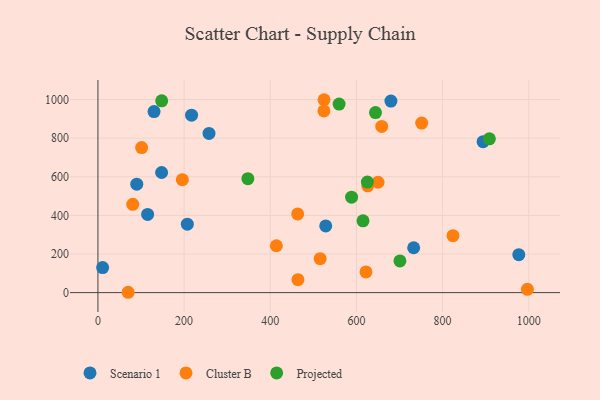
{"axis": {"x": "Study Hours", "y": "Fuel Efficiency"}, "legend": ["Cluster B", "Projected", "Scenario 1"], "data": [{"x": "10.9", "y": 129.9, "type": "Scenario 1"}, {"x": "147.8", "y": 622.0, "type": "Scenario 1"}, {"x": "207.5", "y": 354.3, "type": "Scenario 1"}, {"x": "217.3", "y": 919.1, "type": "Scenario 1"}, {"x": "680.0", "y": 991.9, "type": "Scenario 1"}, {"x": "115.3", "y": 404.8, "type": "Scenario 1"}, {"x": "893.9", "y": 781.9, "type": "Scenario 1"}, {"x": "528.7", "y": 345.3, "type": "Scenario 1"}, {"x": "976.8", "y": 196.7, "type": "Scenario 1"}, {"x": "732.8", "y": 232.4, "type": "Scenario 1"}, {"x": "130.2", "y": 937.4, "type": "Scenario 1"}, {"x": "257.8", "y": 824.5, "type": "Scenario 1"}, {"x": "90.1", "y": 561.5, "type": "Scenario 1"}, {"x": "824.0", "y": 295.1, "type": "Cluster B"}, {"x": "515.8", "y": 176.0, "type": "Cluster B"}, {"x": "80.8", "y": 457.2, "type": "Cluster B"}, {"x": "70.1", "y": 1.8, "type": "Cluster B"}, {"x": "414.1", "y": 242.6, "type": "Cluster B"}, {"x": "658.7", "y": 860.7, "type": "Cluster B"}, {"x": "650.1", "y": 571.5, "type": "Cluster B"}, {"x": "622.1", "y": 107.0, "type": "Cluster B"}, {"x": "626.2", "y": 553.2, "type": "Cluster B"}, {"x": "751.4", "y": 878.2, "type": "Cluster B"}, {"x": "996.7", "y": 17.3, "type": "Cluster B"}, {"x": "463.6", "y": 407.4, "type": "Cluster B"}, {"x": "524.5", "y": 940.9, "type": "Cluster B"}, {"x": "195.9", "y": 584.7, "type": "Cluster B"}, {"x": "524.7", "y": 998.9, "type": "Cluster B"}, {"x": "464.2", "y": 67.0, "type": "Cluster B"}, {"x": "101.4", "y": 750.9, "type": "Cluster B"}, {"x": "559.7", "y": 976.2, "type": "Projected"}, {"x": "588.7", "y": 494.5, "type": "Projected"}, {"x": "348.0", "y": 590.0, "type": "Projected"}, {"x": "615.2", "y": 371.9, "type": "Projected"}, {"x": "148.0", "y": 993.3, "type": "Projected"}, {"x": "644.2", "y": 932.6, "type": "Projected"}, {"x": "700.9", "y": 164.1, "type": "Projected"}, {"x": "908.5", "y": 796.5, "type": "Projected"}, {"x": "625.4", "y": 572.3, "type": "Projected"}]}